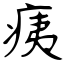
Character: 痍